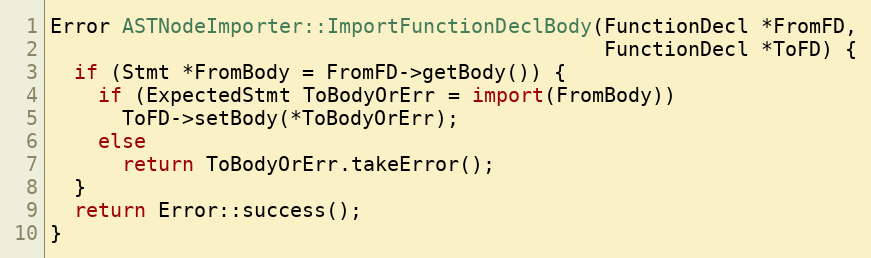
Language: C++
Error ASTNodeImporter::ImportFunctionDeclBody(FunctionDecl *FromFD,
                                              FunctionDecl *ToFD) {
  if (Stmt *FromBody = FromFD->getBody()) {
    if (ExpectedStmt ToBodyOrErr = import(FromBody))
      ToFD->setBody(*ToBodyOrErr);
    else
      return ToBodyOrErr.takeError();
  }
  return Error::success();
}